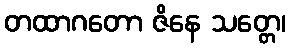
တထာဂတော ဇိနေ သတ္တေ၊